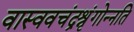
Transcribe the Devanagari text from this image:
वास्ववचंद्रश्रृंगोन्नति